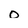
Character: o